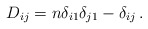
\begin{align*}D_{ij}=n\delta _{i1} \delta _{j1}-\delta _{ij}\,.\end{align*}